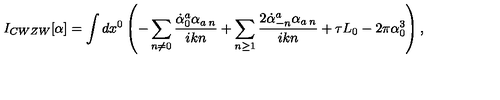
I _ { C W Z W } [ \alpha ] = \int d x ^ { 0 } \left( - \sum _ { n \neq 0 } \frac { \dot { \alpha } _ { 0 } ^ { a } \alpha _ { a \: n } } { i k n } + \sum _ { n \ge 1 } \frac { 2 \dot { \alpha } _ { - n } ^ { a } \alpha _ { a \: n } } { i k n } + \tau L _ { 0 } - 2 \pi \alpha _ { 0 } ^ { 3 } \right) ,